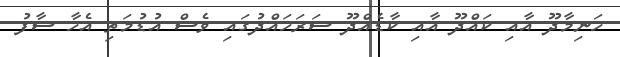
ހަނިމާދޫ އާއި ކައްދޫ އާއި ކާޑެއްދޫ ސަރަހައްދުގައި ވެސް އުޑުމަތި އެހާ ސާފު